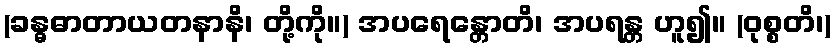
(ခန္ဓဓာတာယတနာနိ၊ တို့ကို။) အပရေန္တောတိ၊ အပရန္တ ဟူ၍။ (ဝုစ္စတိ၊)